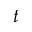
t